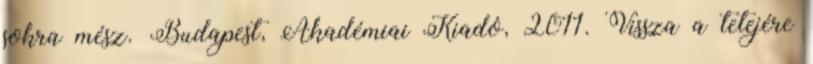
sokra mész. Budapest, Akadémiai Kiadó, 2011. Vissza a tetejére